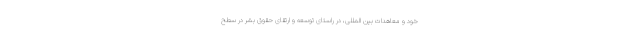
خود و معاهدات بین المللی، در راستای توسعه و ارتقای حقوق بشر در سطح